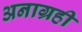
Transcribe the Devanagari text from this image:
अनाग्रही